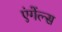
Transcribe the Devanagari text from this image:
एंगेंल्स